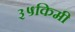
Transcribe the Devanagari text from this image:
३५किमी